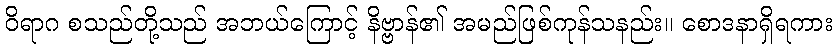
ဝိရာဂ စသည်တို့သည် အဘယ်ကြောင့် နိဗ္ဗာန်၏ အမည်ဖြစ်ကုန်သနည်း။ စောဒနာရှိရကား